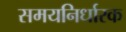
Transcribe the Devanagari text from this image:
समयनिर्धारक